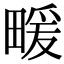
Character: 𤲫